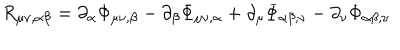
LaTeX: R _ { \mu \nu , \alpha \beta } = \partial _ { \alpha } \Phi _ { \mu \nu , \beta } - \partial _ { \beta } \Phi _ { \mu \nu , \alpha } + \partial _ { \mu } \Phi _ { \alpha \beta , \nu } - \partial _ { \nu } \Phi _ { \alpha \beta , \nu }